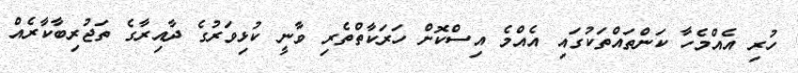
ހުރި އެއްމެހާ ކަންތައްތަކުގައި އެއްމެ އިސްކޮށް ހަރަކާތްތެރި ވާނީ ކުޅިވަރުގެ ދާއިރާގެ ތަޖުރިބާކާރެއް